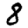
Digit: 8